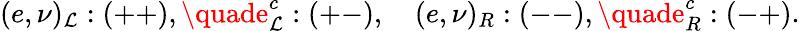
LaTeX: (e,\nu)_{\mathcal{L}}:(++),\quade_{\mathcal{L}}^{c}:(+-),\quad(e,\nu)_{R}:(--),\quade_{R}^{c}:(-+).